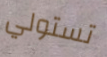
تستولي